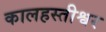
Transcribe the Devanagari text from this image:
कालहस्तीश्वर